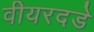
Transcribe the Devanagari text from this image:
वीयरदडे